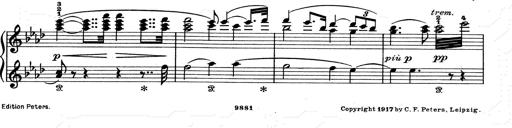
Title: Aus Lohengrin
Composer: Franz Liszt